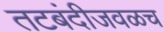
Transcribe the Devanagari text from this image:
तटबंदीजवळच